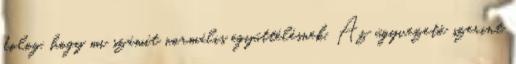
dolog, hogy mi számít normális együttélésnek. Az ügyvezető szerint